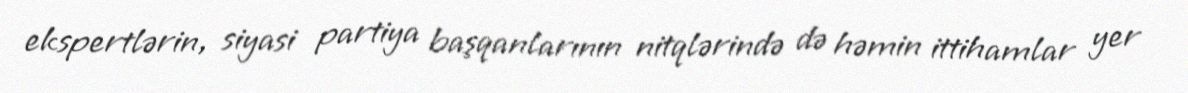
ekspertlərin, siyasi partiya başqanlarının nitqlərində də həmin ittihamlar yer